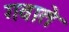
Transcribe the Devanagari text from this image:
गवाते